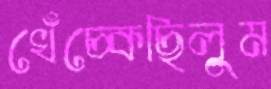
খেঁচ্‌কেছিলুম